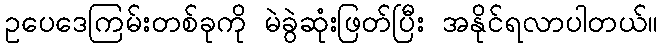
ဥပေဒေကြမ်းတစ်ခုကို မဲခွဲဆုံးဖြတ်ပြီး အနိုင်ရလာပါတယ်။